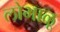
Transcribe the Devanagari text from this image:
लोभाळू